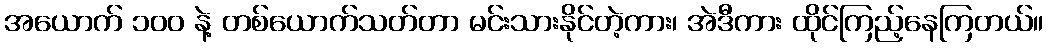
အယောက် ၁၀၀ နဲ့ တစ်ယောက်သတ်တာ မင်းသားနိုင်တဲ့ကား၊ အဲဒီကား ထိုင်ကြည့်နေကြတယ်။